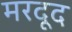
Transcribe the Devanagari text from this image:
मरदूद